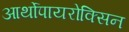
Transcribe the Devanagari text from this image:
आर्थोपायरोक्सिन